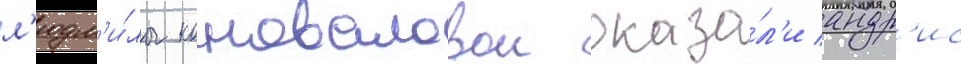
л'юдм'и́лы коноваловои оказа́л'и андр'ис